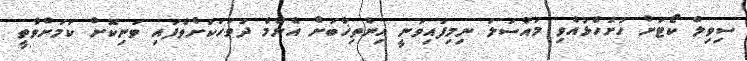
ސިވިލް ކޯޓަށް ހުށަހެޅުއްވި މައްސަލަ ނިމިފައިވަނީ އިންތިޚާބަށް އެންމެ ދުވަހަކަށްވެފައި ވަނިކޮށް ކަމަށްވާތީ